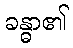
ခန္ဓာ၏